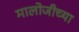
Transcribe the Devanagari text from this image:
मालोजीच्या